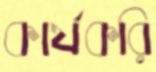
কার্যকরি